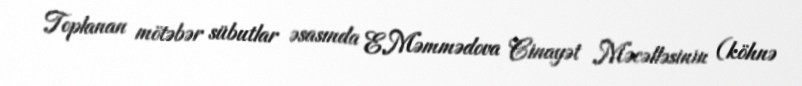
Toplanan mötəbər sübutlar əsasında E.Məmmədova Cinayət Məcəlləsinin (köhnə